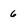
Character: 6